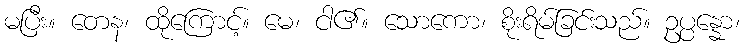
မပြီး။ တေန၊ ထိုကြောင့်။ မေ၊ ငါ၏။ သောကော၊ စိုးရိမ်ခြင်းသည်။ ဥပ္ပန္နော၊